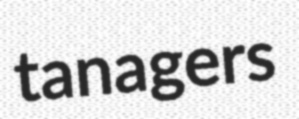
tanagers